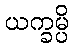
ယက္ခမ္ပိ